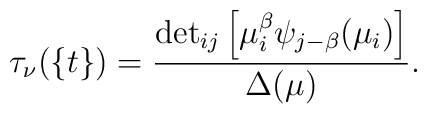
\tau_\nu(\{t\})=\frac{{{\det}_{ij}\left[\mu_i^\beta\psi_{j-\beta}(\mu_i)\right]}}{\Delta (\mu)}.